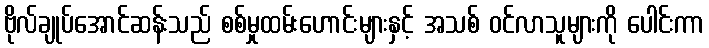
ဗိုလ်ချုပ်အောင်ဆန်းသည် စစ်မှုထမ်းဟောင်းများနှင့် အသစ် ဝင်လာသူများကို ပေါင်းကာ